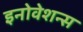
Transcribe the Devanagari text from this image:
इनोवेशन्स